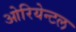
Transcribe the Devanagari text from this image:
ओरियेन्टल